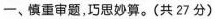
-、慎重审题，巧思妙算。(共27分)